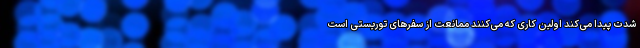
شدت پیدا می‌کند اولین کاری که می‌کنند ممانعت از سفرهای توریستی است